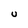
Character: u